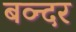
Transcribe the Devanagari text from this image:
बव्न्दर